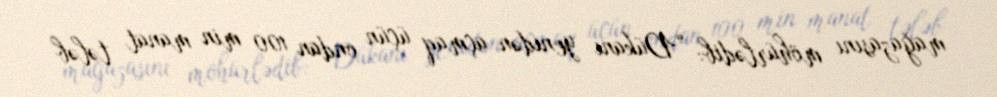
mağazasını möhürlədib: “Dükanı yenidən açmaq üçün ondan 100 min manat tələb